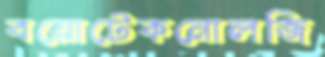
বয়োটেকনোলজি